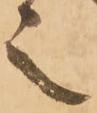
之